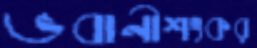
ভবানীশংকর